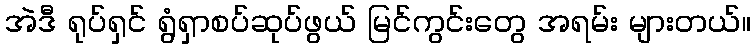
အဲဒီ ရုပ်ရှင် ရွံရှာစပ်ဆုပ်ဖွယ် မြင်ကွင်းတွေ အရမ်း များတယ်။